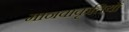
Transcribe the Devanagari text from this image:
मानवाकृतियों